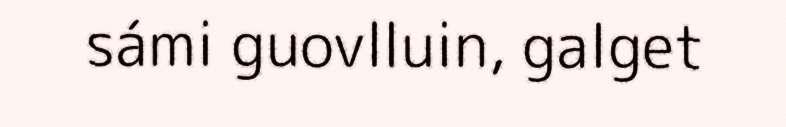
sámi guovlluin, galget